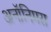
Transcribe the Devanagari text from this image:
अनॉनिमस